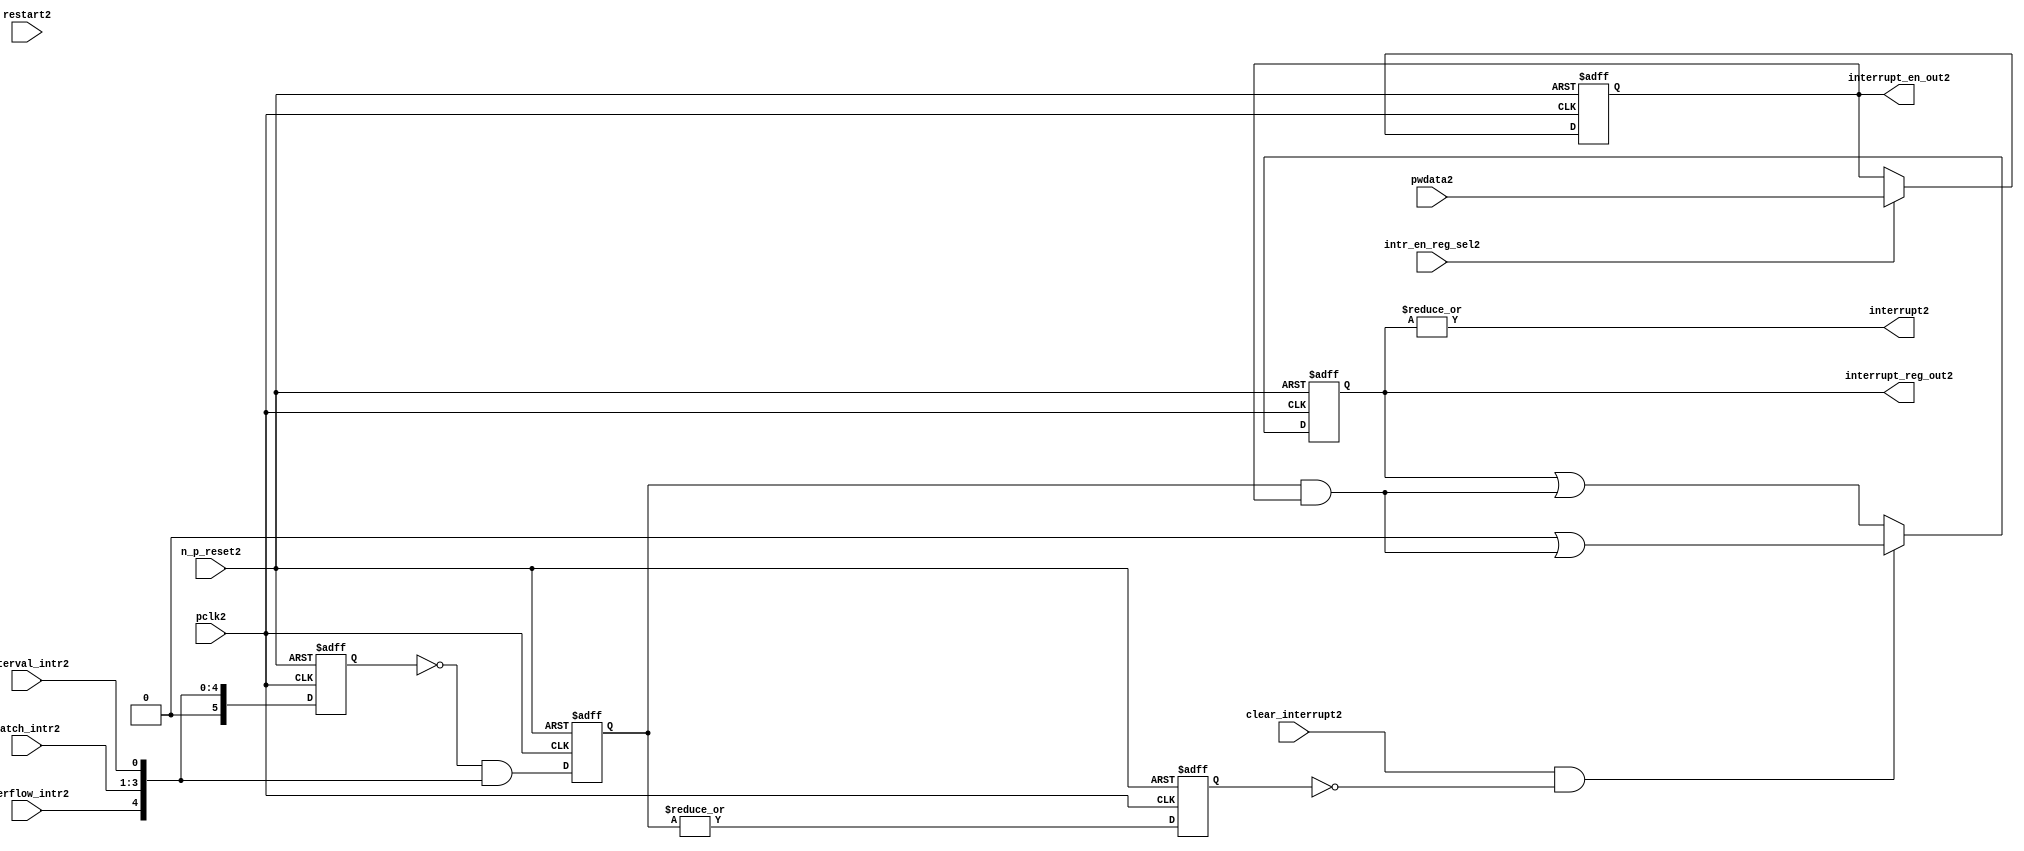
//File2 name   : ttc_interrupt_lite2.v
//Title2       : 
//Created2     : 1999
//Description2 : Interrupts2 from the counter modules2 are registered
//              and if enabled cause the output interrupt2 to go2 high2.
//              Also2 the match12 interrupts2 are monitored2 to generate output 
//Notes2       : 
//----------------------------------------------------------------------
//   Copyright2 1999-2010 Cadence2 Design2 Systems2, Inc2.
//   All Rights2 Reserved2 Worldwide2
//
//   Licensed2 under the Apache2 License2, Version2 2.0 (the
//   "License2"); you may not use this file except2 in
//   compliance2 with the License2.  You may obtain2 a copy of
//   the License2 at
//
//       http2://www2.apache2.org2/licenses2/LICENSE2-2.0
//
//   Unless2 required2 by applicable2 law2 or agreed2 to in
//   writing, software2 distributed2 under the License2 is
//   distributed2 on an "AS2 IS2" BASIS2, WITHOUT2 WARRANTIES2 OR2
//   CONDITIONS2 OF2 ANY2 KIND2, either2 express2 or implied2.  See
//   the License2 for the specific2 language2 governing2
//   permissions2 and limitations2 under the License2.
//----------------------------------------------------------------------
 


//-----------------------------------------------------------------------------
// Module2 definition2
//-----------------------------------------------------------------------------

module ttc_interrupt_lite2(

  //inputs2
  n_p_reset2,                             
  pwdata2,                             
  pclk2,
  intr_en_reg_sel2, 
  clear_interrupt2,                   
  interval_intr2,
  match_intr2,
  overflow_intr2,
  restart2,

  //outputs2
  interrupt2,
  interrupt_reg_out2,
  interrupt_en_out2
  
);


//-----------------------------------------------------------------------------
// PORT DECLARATIONS2
//-----------------------------------------------------------------------------

   //inputs2
   input         n_p_reset2;            //reset signal2
   input [5:0]   pwdata2;               //6 Bit2 Data signal2
   input         pclk2;                 //System2 clock2
   input         intr_en_reg_sel2;      //Interrupt2 Enable2 Reg2 Select2 signal2
   input         clear_interrupt2;      //Clear Interrupt2 Register signal2
   input         interval_intr2;        //Timer_Counter2 Interval2 Interrupt2
   input [3:1]   match_intr2;           //Timer_Counter2 Match2 1 Interrupt2 
   input         overflow_intr2;        //Timer_Counter2 Overflow2 Interrupt2 
   input         restart2;              //Counter2 restart2

   //Outputs2
   output        interrupt2;            //Interrupt2 Signal2 
   output [5:0]  interrupt_reg_out2;    //6 Bit2 Interrupt2 Register
   output [5:0]  interrupt_en_out2; //6 Bit2 Interrupt2 Enable2 Register


//-----------------------------------------------------------------------------
// Internal Signals2 & Registers2
//-----------------------------------------------------------------------------

   wire [5:0]   intr_detect2;          //Interrupts2 from the Timer_Counter2
   reg [5:0]    int_sync_reg2;         //6-bit 1st cycle sync register
   reg [5:0]    int_cycle_reg2;        //6-bit register ensuring2 each interrupt2 
                                      //only read once2
   reg [5:0]    interrupt_reg2;        //6-bit interrupt2 register        
   reg [5:0]    interrupt_en_reg2; //6-bit interrupt2 enable register
   

   reg          interrupt_set2;        //Prevents2 unread2 interrupt2 being cleared2
   
   wire         interrupt2;            //Interrupt2 output
   wire [5:0]   interrupt_reg_out2;    //Interrupt2 register output
   wire [5:0]   interrupt_en_out2; //Interrupt2 enable output


   assign interrupt2              = |(interrupt_reg2);
   assign interrupt_reg_out2      = interrupt_reg2;
   assign interrupt_en_out2       = interrupt_en_reg2;
   
   assign intr_detect2 = {1'b0,
                         overflow_intr2,  
                         match_intr2[3],  
                         match_intr2[2], 
                         match_intr2[1], 
                         interval_intr2};

   

// Setting interrupt2 registers
   
   always @ (posedge pclk2 or negedge n_p_reset2)
   begin: p_intr_reg_ctrl2
      
      if (!n_p_reset2)
      begin
         int_sync_reg2         <= 6'b000000;
         interrupt_reg2        <= 6'b000000;
         int_cycle_reg2        <= 6'b000000;
         interrupt_set2        <= 1'b0;
      end
      else 
      begin

         int_sync_reg2    <= intr_detect2;
         int_cycle_reg2   <= ~int_sync_reg2 & intr_detect2;

         interrupt_set2   <= |int_cycle_reg2;
          
         if (clear_interrupt2 & ~interrupt_set2)
            interrupt_reg2 <= (6'b000000 | (int_cycle_reg2 & interrupt_en_reg2));
         else 
            interrupt_reg2 <= (interrupt_reg2 | (int_cycle_reg2 & 
                                               interrupt_en_reg2));
      end 
      
   end  //p_intr_reg_ctrl2


// Setting interrupt2 enable register
   
   always @ (posedge pclk2 or negedge n_p_reset2)
   begin: p_intr_en_reg2
      
      if (!n_p_reset2)
      begin
         interrupt_en_reg2 <= 6'b000000;
      end
      else 
      begin

         if (intr_en_reg_sel2)
            interrupt_en_reg2 <= pwdata2[5:0];
         else
            interrupt_en_reg2 <= interrupt_en_reg2;

      end 
      
   end  
           


endmodule